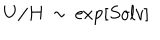
U / H \, \sim \, \exp \left[ S o l v \right]